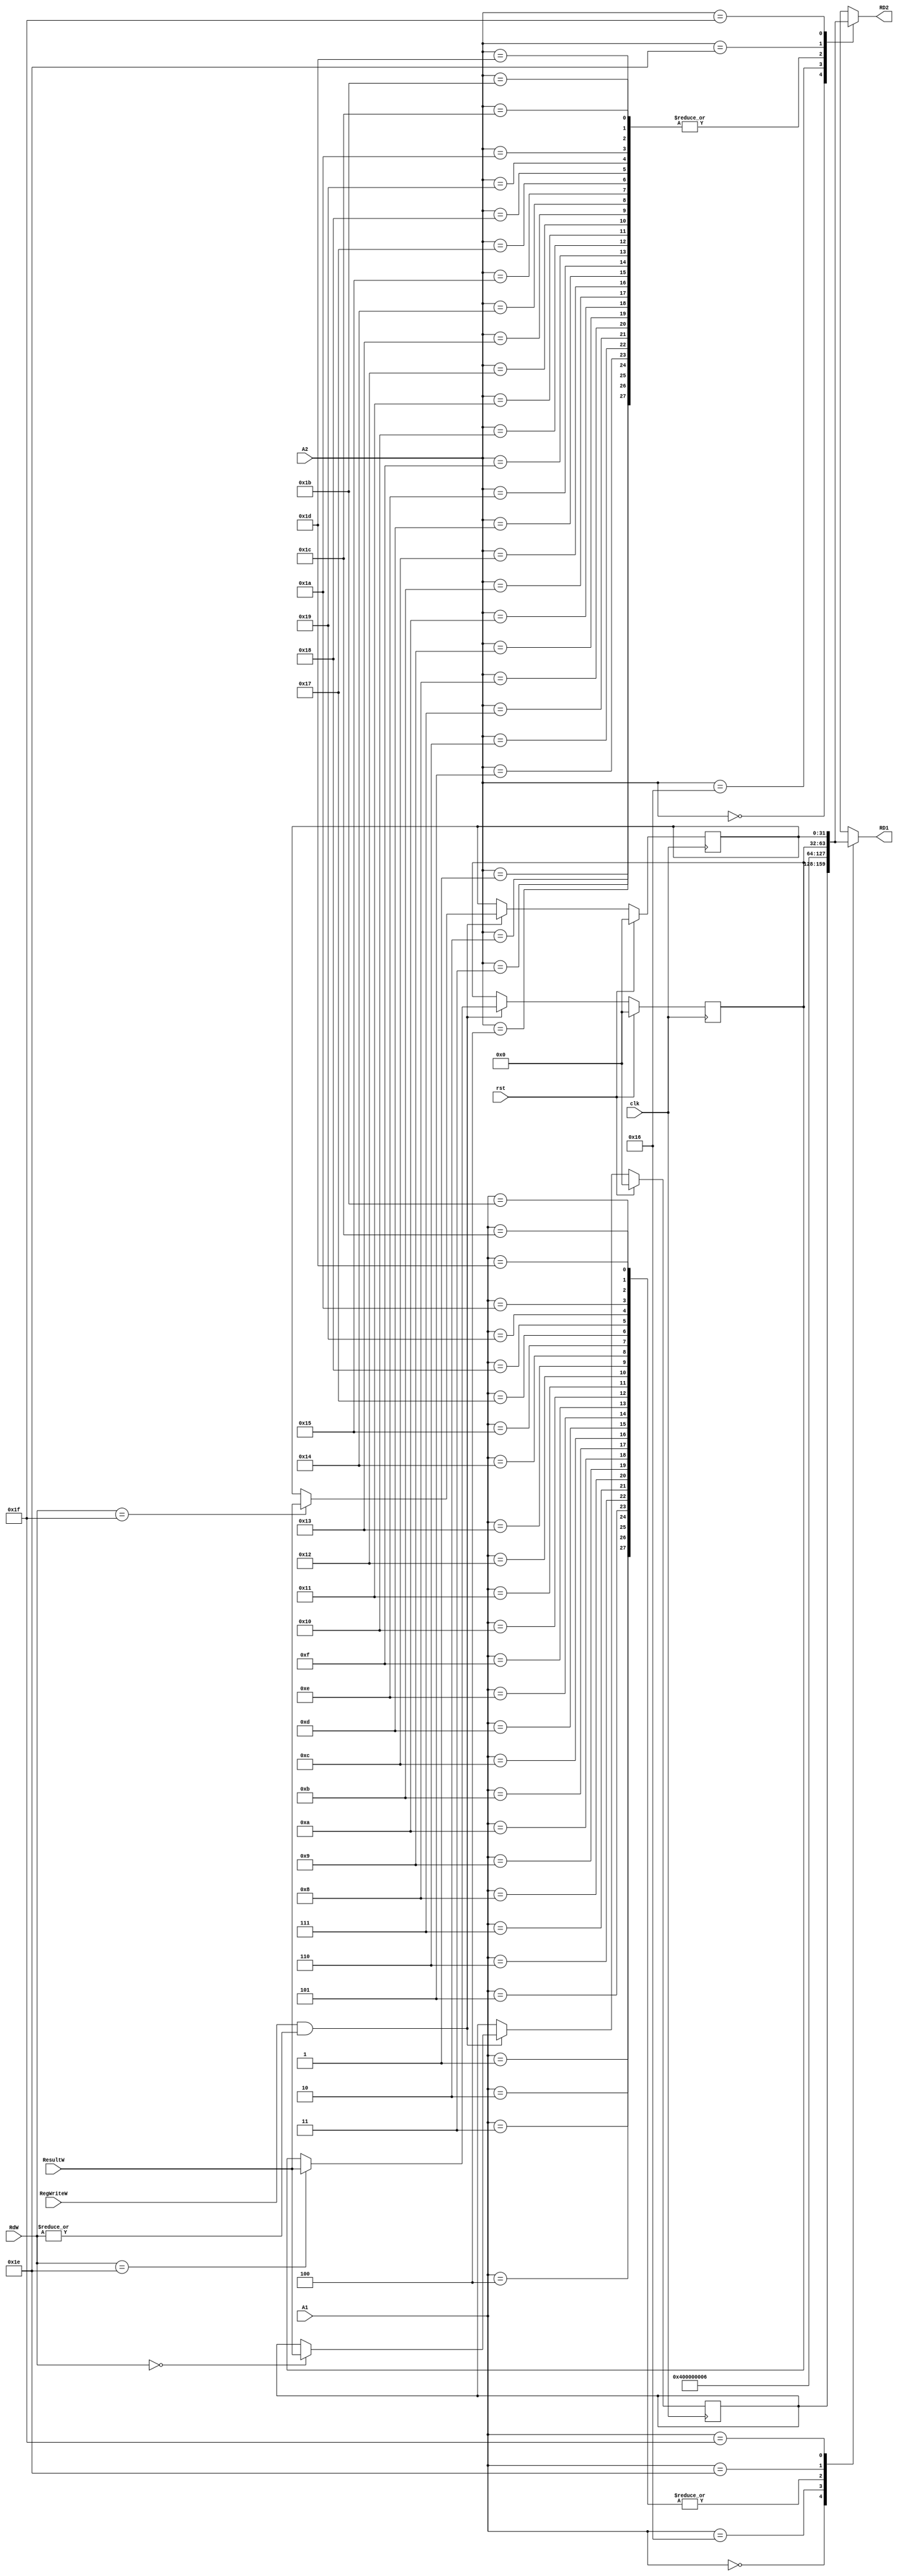
`timescale 1ns / 1ps
//////////////////////////////////////////////////////////////////////////////////
// Company: 
// Engineer: 
// 
// Design Name: 
// Module Name: RegFile
// Project Name: 
// Target Devices: 
// Tool Versions: 
// Description: 
// 
// Dependencies: 
// 
// Revision:
// Revision 0.01 - File Created
// Additional Comments:
// 
//////////////////////////////////////////////////////////////////////////////////


module RegFile(
    input            clk, 
    input            rst,
    input            RegWriteW,
    input      [4:0] A1,
    input      [4:0] A2,
    input      [4:0] RdW,         //A3
    input      [31:0] ResultW,
    output reg [31:0] RD1, RD2
    
    
    );
  
    reg [31:0] registers [31:0];
    integer i;
    //integer j;
   
    
    always @(*) begin
            registers[28] = 32'd6;
            registers[22] = 32'd4;
            registers[18] = 32'd6;
            registers[1] = 32'd6;
            registers[2] = 32'd6;
            registers[3] = 32'd6;
            registers[4] = 32'd6;
            registers[5] = 32'd6;
            registers[6] = 32'd6;
            registers[7] = 32'd6;
            registers[8] = 32'd6;
            registers[9] = 32'd6;
            registers[10] = 32'd6;
            registers[11] = 32'd6;
            registers[12] = 32'd6;
            registers[13] = 32'd6;
            registers[14] = 32'd6;
            registers[15] = 32'd6;
            registers[16] = 32'd6;
            registers[17] = 32'd6;
            registers[19] = 32'd6;
            registers[20] = 32'd6;
            registers[21] = 32'd6;
            registers[29] = 32'd6;
            registers[23] = 32'd6;
            registers[24] = 32'd6;
            registers[25] = 32'd6;
            registers[26] = 32'd6;
            registers[27] = 32'd6;
    
            
            RD1 = registers[A1];
            RD2 = registers[A2];
    
            
            
        end
  
//    assign RD1 = (rst) ? 32'h00000000 : registers[A1];
//    assign RD2 = (rst) ? 32'h00000000 : registers[A2];
    
   always @(negedge clk) begin
            if (rst) begin
                for(i = 0; i < 32;i = i + 1) begin
                    registers[i] <= 32'd0;
                end
    
            end else if (RegWriteW && (|RdW)) begin    //|RdW, avoid writing at x0
                registers[RdW] <= ResultW;
            end
        end
  
//  initial begin
//        registers[4] = 32'd14;//32'h00000005;
//        registers[5] = 32'h00000006;
//        registers[6] = 32'd10;//32'h00000004;
//        registers[9] = 32'h00000020;
        
//    end

endmodule